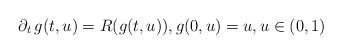
LaTeX: \begin{align*}\partial_t \, g(t,u) = R(g(t,u)), g(0,u) = u, u \in (0,1)\end{align*}